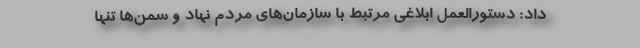
داد: دستورالعمل ابلاغی مرتبط با سازمان‌های مردم نهاد و سمن‌ها تنها